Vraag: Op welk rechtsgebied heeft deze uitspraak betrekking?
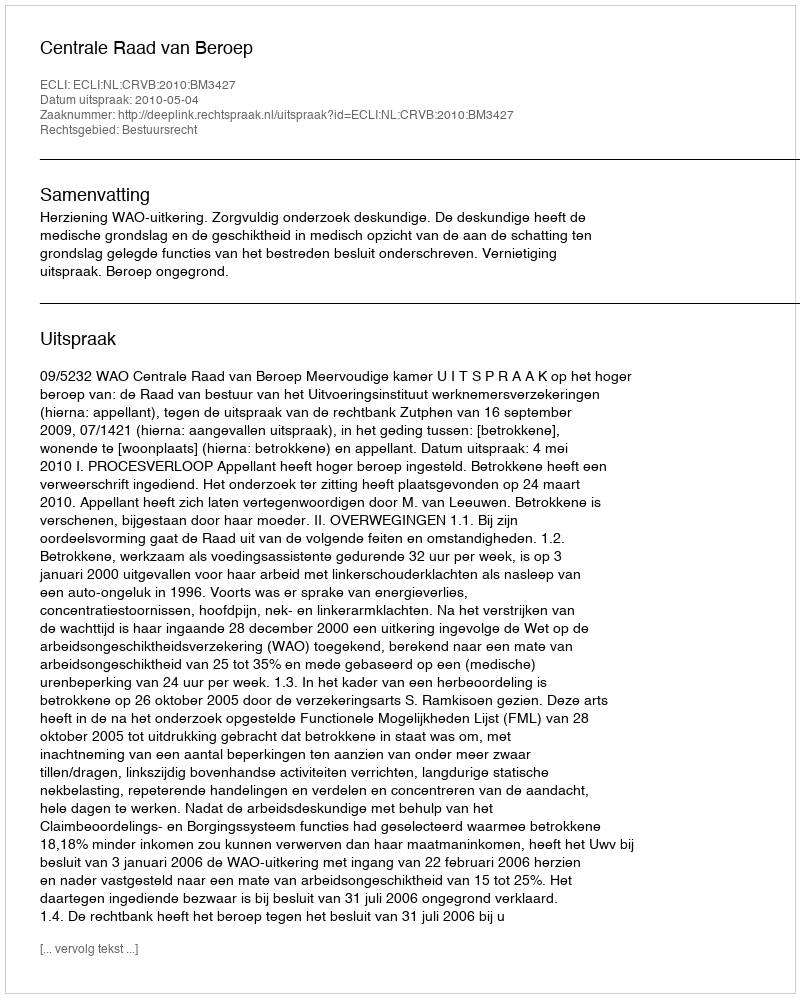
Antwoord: Bestuursrecht